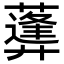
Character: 𦿪